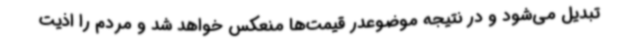
تبدیل می‌شود و در نتیجه موضوعدر قیمت‌ها منعکس خواهد شد و مردم را اذیت